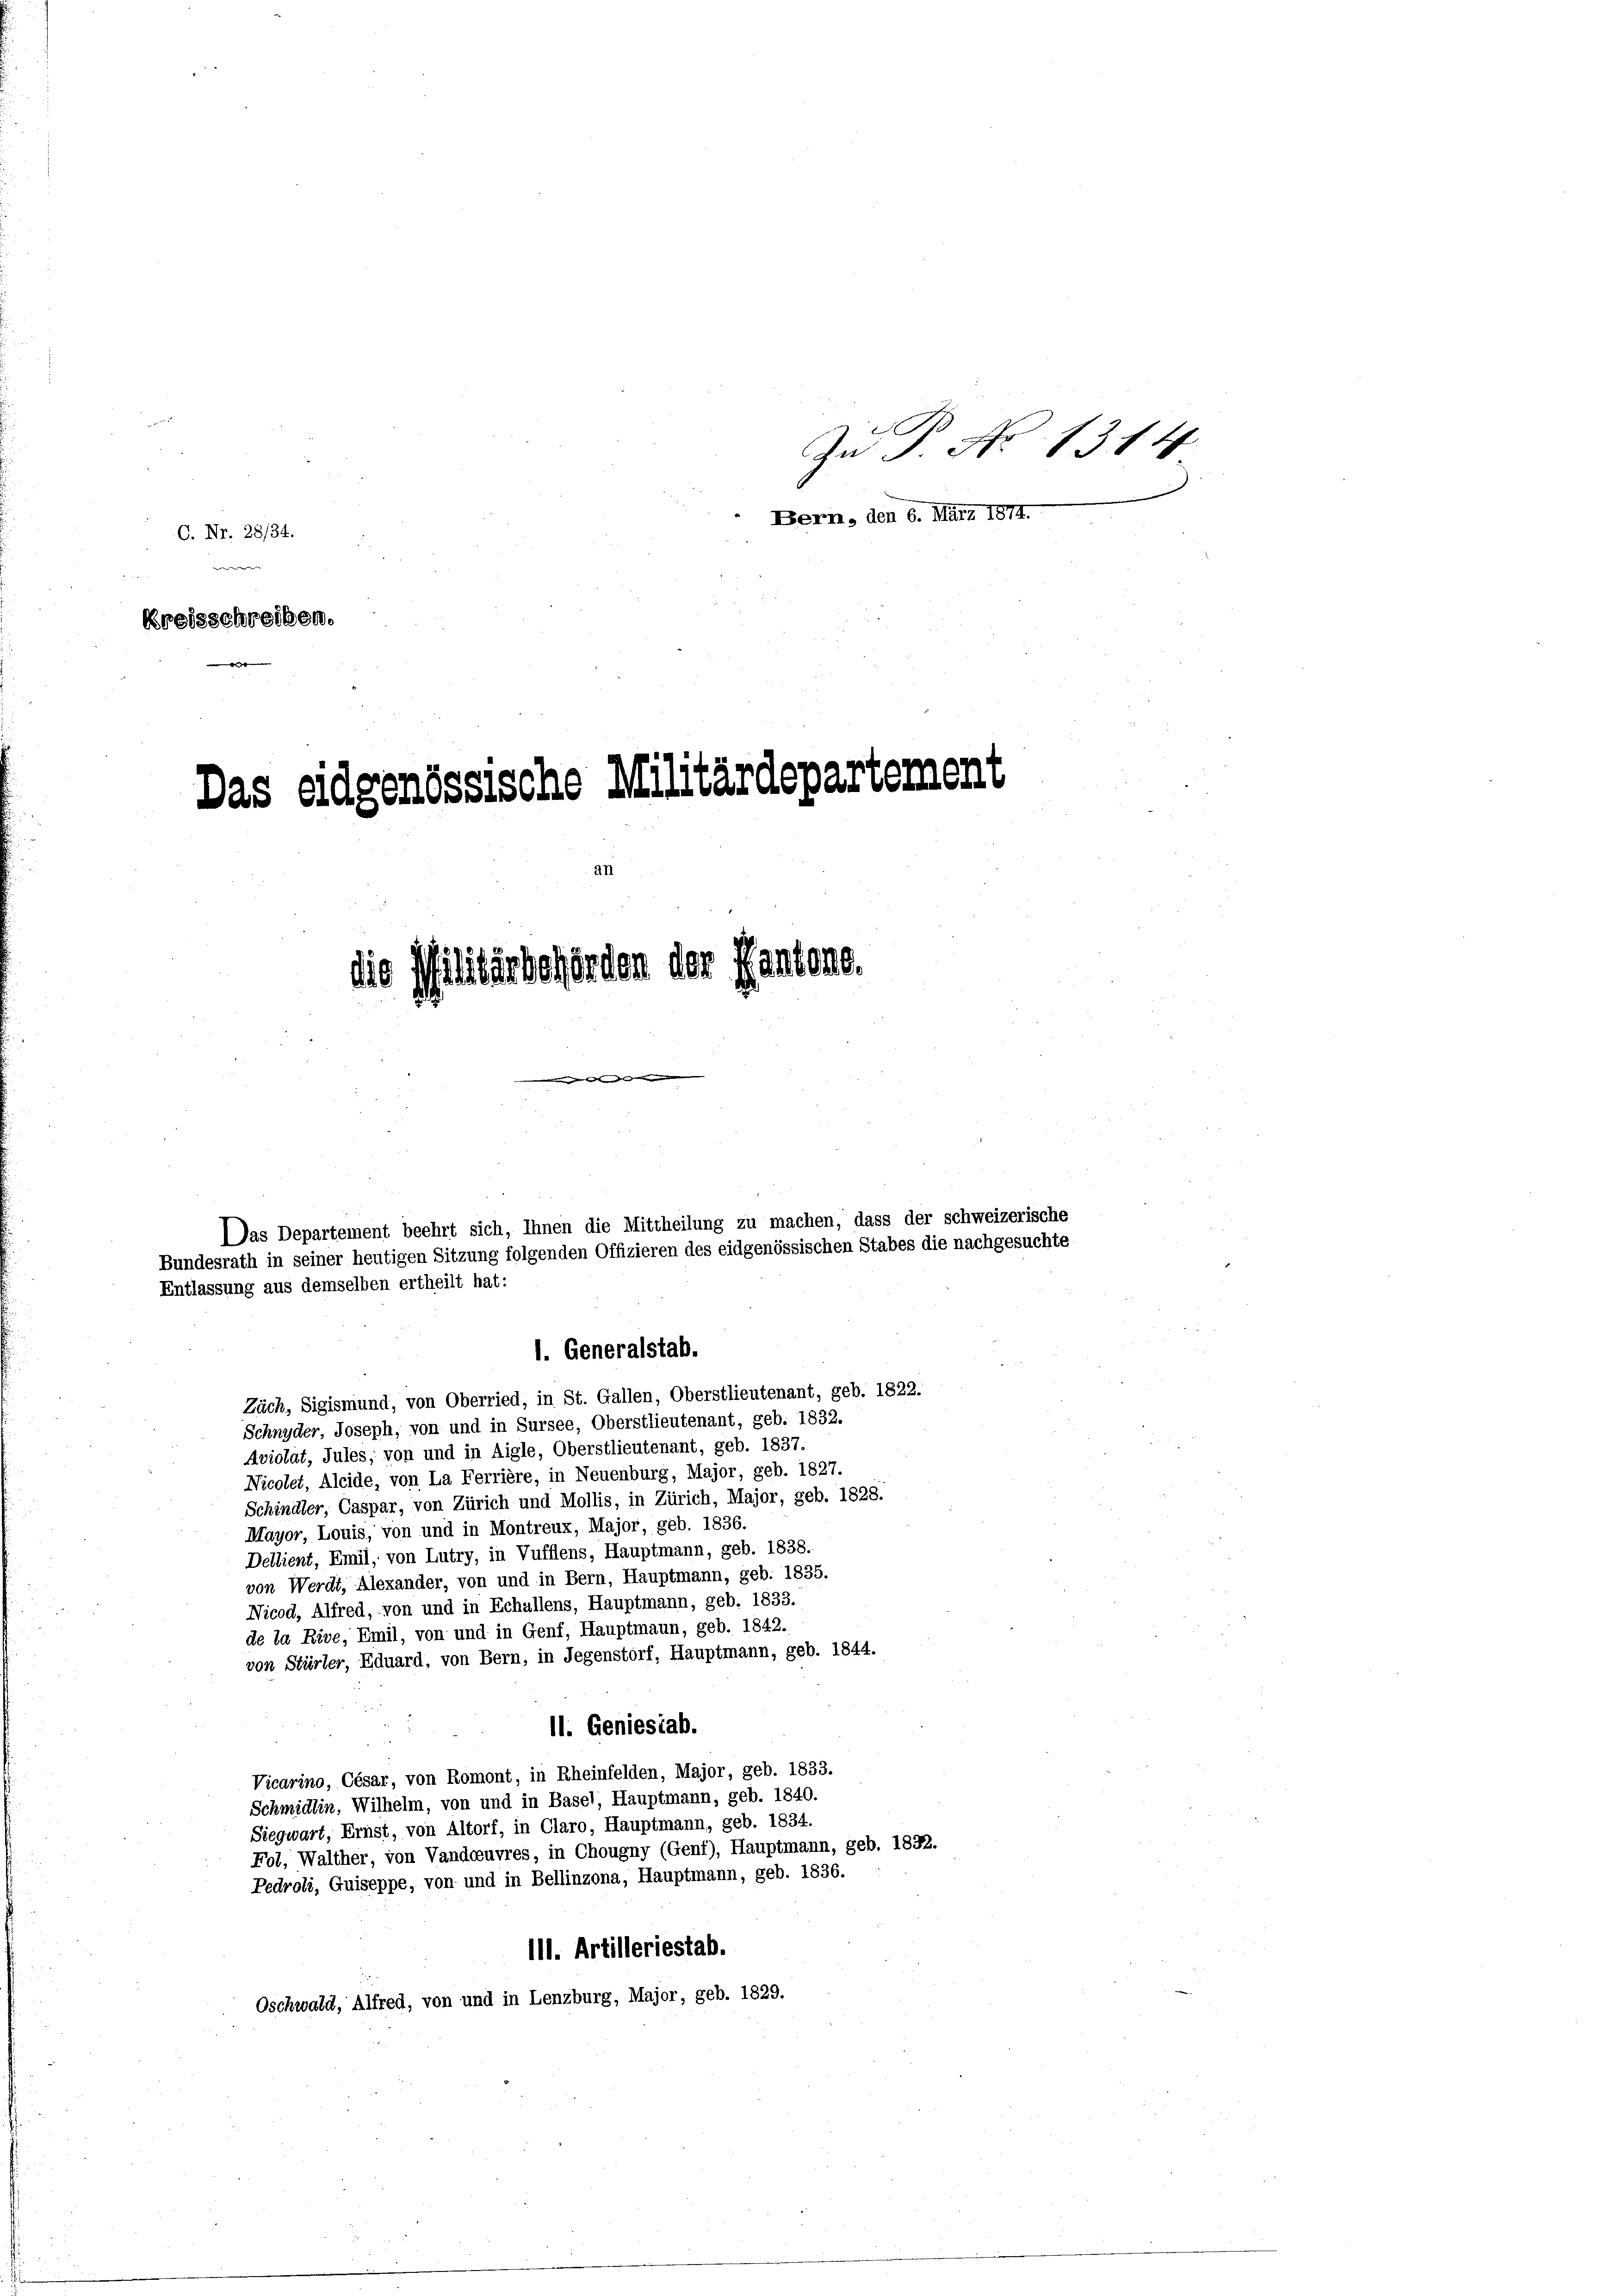
Zn P. Nr. 1314
Bern, den 6. März 1874.
C. Nr. 28/34.
¬
e
Kreisschreiben.

Das eidgenössische Militärdepartement

Das Departement beehrt sich, Ihnen die Mittheilung zu machen, dass der schweizerische
Bundesrath in seiner heutigen Sitzung folgenden Offizieren des eidgenössischen Stabes die nachgesuchte
Entlassung aus demselben ertheilt hat:
1. Generalstab.

die Militärbehörden der Kantone.

Zäch, Sigismund, von Oberried, in St. Gallen, Oberstlieutenant, geb. 1822.
Schnyder, Joseph, von und in Sursee, Oberstlieutenant, geb. 1832.
Aviolat, Jules, von und in Aigle, Oberstlieutenant, geb. 1837.
Nicolet, Alcide, von La Ferrière, in Neuenburg, Major, geb. 1827.
Schindler, Caspar, von Zürich und Mollis, in Zürich, Major, geb. 1828.
Mayor, Louis, von und in Montreux, Major, geb. 1836.
Dellient, Emil, von Lutry, in Vufflens, Hauptmann, geb. 1838.
von Werdt, Alexander, von und in Bern, Hauptmann, geb. 1835.
Nicod, Alfred, von und in Echallens, Hauptmann, geb. 1833.
de ja Rive, Emil, von und in Genf, Hauptmann, geb. 1842.
von Stürler, Eduard, von Bern, in Segenstorf, Hauptmann, geb. 1844.
11. Geniesiab.
Vicarino, César, von Romont, in Rheinfelden, Major, geb. 1833.
Schmidlin, Wilhelm, von und in Basel, Hauptmann, geb. 1840.
Siegwart, Ernst, von Altorf, in Claro, Hauptmann, geb. 1834.
Fol, Walther, von Vandoeuvres, in Chougny (Genf), Hauptmann, geb. 1822.
Pedroli, Guiseppe, von und in Bellinzona, Hauptmann, geb. 1836.
111. Artilleriestab.
Oschwald, Alfred, von und in Lenzburg, Major, geb. 1829.